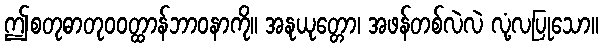
ဤစတုဓာတုဝဝတ္ထာန်ဘာဝနာကို။ အနုယုတ္တော၊ အဖန်တစ်လဲလဲ လုံ့လပြုသော။